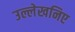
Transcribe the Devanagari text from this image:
उल्लेखनिए